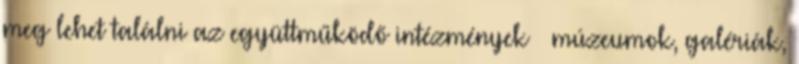
meg lehet találni az együttműködő intézmények – múzeumok, galériák,